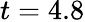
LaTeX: t=4.8